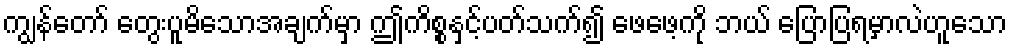
ကျွန်တော် တွေးပူမိသောအချက်မှာ ဤကိစ္စနှင့်ပတ်သက်၍ ဖေဖေ့ကို ဘယ် ပြောပြရမှာလဲဟူသော